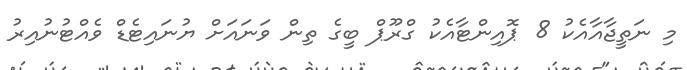
މި ނަތީޖާއާއެކު 8 ޕޮއިންޓާއެކު ގްރޫޕް ބީގެ ތިން ވަނައަށް ޔުނައިޓެޑް ވެއްޓުނުއިރު